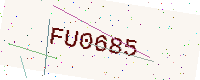
Text: FU0685